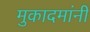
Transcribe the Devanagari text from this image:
मुकादमांनी